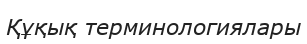
Құқық терминологиялары